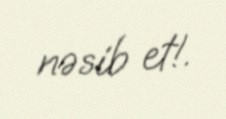
nəsib et!.